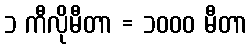
၁ ကီလိုမီတာ = ၁၀၀၀ မီတာ